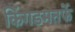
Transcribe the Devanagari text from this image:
किंगडमतर्फे